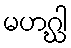
မဟဂ္ဃါ